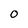
Character: O